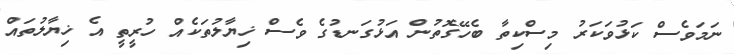
ނަމަވެސް ކަޅުވަކަރު މިސްކިތާ ބެހޭގޮތުން އަޅުގަނޑުގެ ވެސް ޚިޔާލުތަކެއް ހުރީތީ އެ ޚިޔާލުތައް